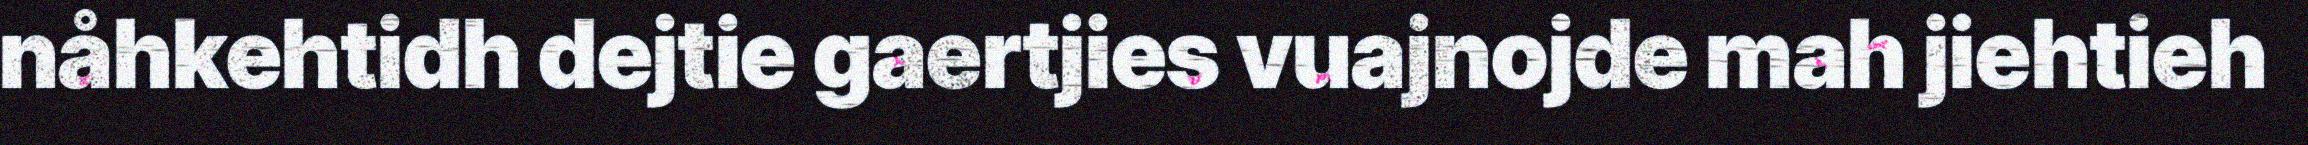
nåhkehtidh dejtie gaertjies vuajnojde mah jiehtieh